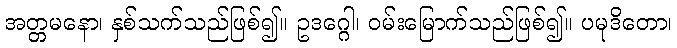
အတ္တမနော၊ နှစ်သက်သည်ဖြစ်၍။ ဥဒဂ္ဂေါ၊ ဝမ်းမြောက်သည်ဖြစ်၍။ ပမုဒိတော၊